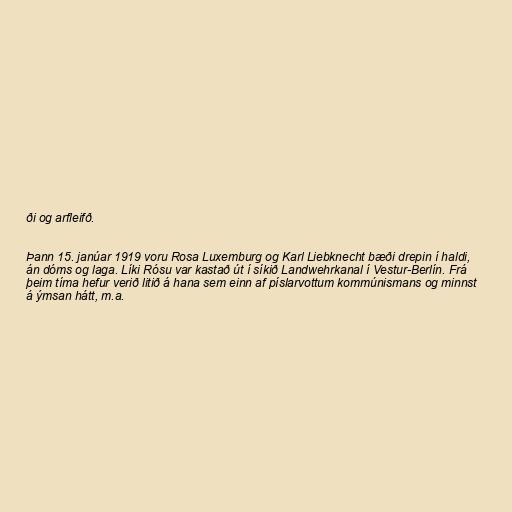
ði og arfleifð.

Þann 15. janúar 1919 voru Rosa Luxemburg og Karl Liebknecht bæði drepin í haldi,
án dóms og laga. Líki Rósu var kastað út í síkið Landwehrkanal í Vestur-Berlín. Frá
þeim tíma hefur verið litið á hana sem einn af píslarvottum kommúnismans og minnst
á ýmsan hátt, m.a.